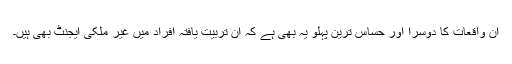
ان واقعات کا دوسرا اور حساس ترین پہلو یہ بھی ہے کہ ان تربیت یافتہ افراد میں غیر ملکی ایجنٹ بھی ہیں۔